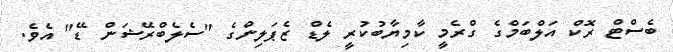
ބެސްޓް ރޮކް އަލްބަމްގެ ގްރެމީ ކާމިޔާބުކުރީ ލެޑް ޒެޕަލިންގެ "ސެލެބްރޭޝަން ޑޭ" އެވެ.